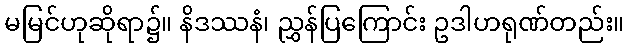
မမြင်ဟုဆိုရာ၌။ နိဒဿနံ၊ ညွှန်ပြကြောင်း ဥဒါဟရုဏ်တည်း။